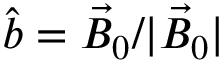
\hat { b } = \vec { B } _ { 0 } / | \vec { B } _ { 0 } |